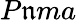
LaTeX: P\mathfrak{n}ma